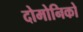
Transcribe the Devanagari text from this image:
दोमोनिको